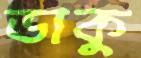
ডাকু